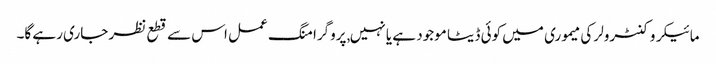
مائیکروکنٹرولر کی میموری میں کوئی ڈیٹا موجود ہے یا نہیں, پروگرامنگ عمل اس سے قطع نظر جاری رہے گا۔